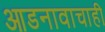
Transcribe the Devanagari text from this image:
आडनावाचाही